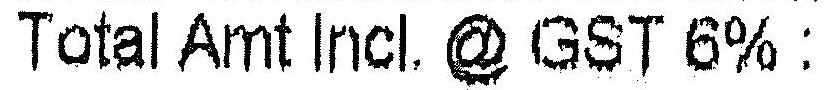
TOTAL AMT INCL. @ GST 6% :